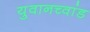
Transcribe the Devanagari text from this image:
युवानच्वांड